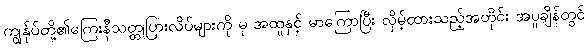
ကျွန်ုပ်တို့၏ကြေးနီသတ္တုပြားလိပ်များကို မှ အထူနှင့် မာကြောပြီး လှိမ့်ထားသည့်အတိုင်း အပူချိန်တွင်